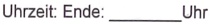
Text: Uhrzeit: Ende: ___Uhr